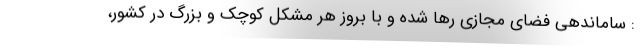
: ساماندهی فضای مجازی رها شده و با بروز هر مشکل کوچک و بزرگ در کشور،